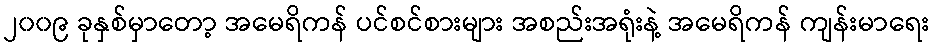
၂၀၀၉ ခုနှစ်မှာတော့ အမေရိကန် ပင်စင်စားများ အစည်းအရုံးနဲ့ အမေရိကန် ကျန်းမာရေး